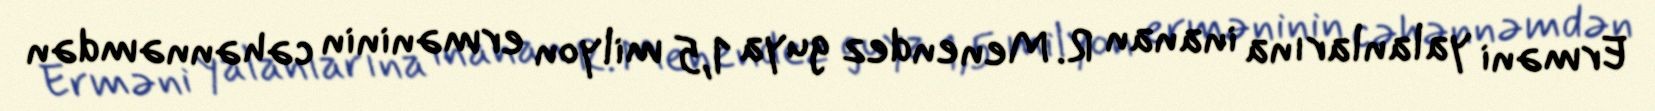
Erməni yalanlarına inanan R. Menendez guya 1,5 milyon erməninin cəhənnəmdən